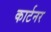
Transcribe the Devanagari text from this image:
कार्टनर